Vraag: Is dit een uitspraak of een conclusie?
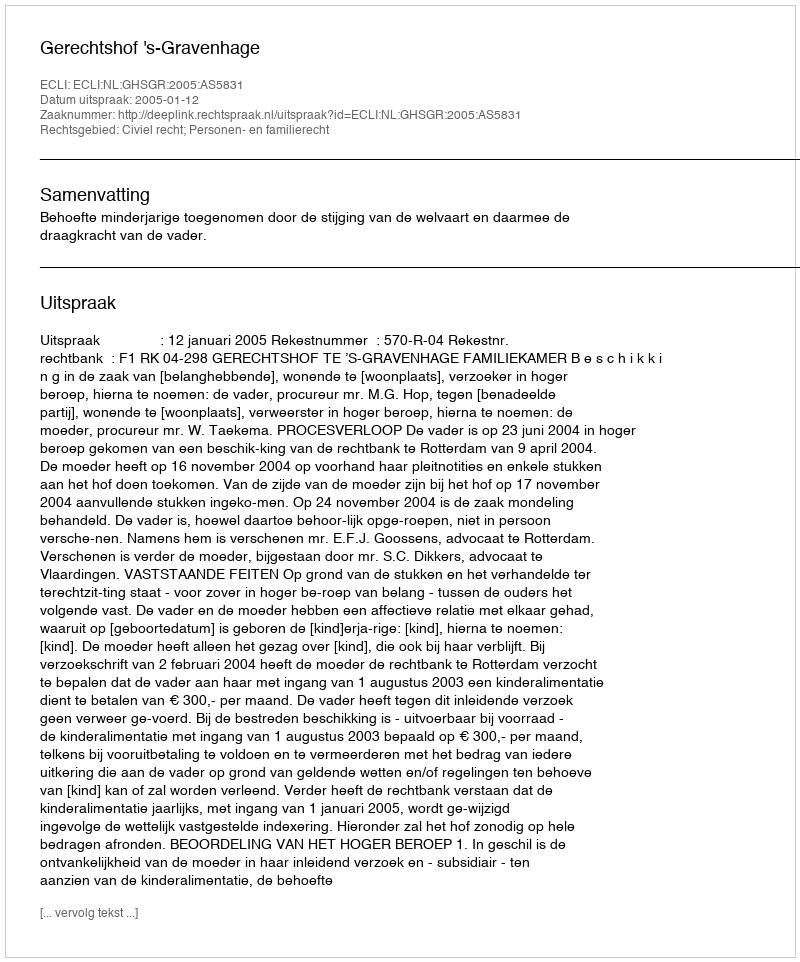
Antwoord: Uitspraak